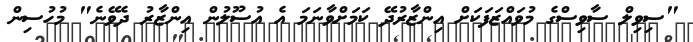
"ސިވިލް ސާވިސްގެ މުވައްޒަފަކަށް އިންޒާރުދޭ ކަމަށްވާނަމަ އެ އުސޫލުން އިންޒާރު ދެވޭނެ" މުހުސިން